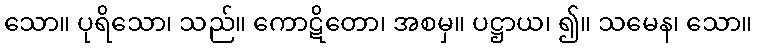
သော။ ပုရိသော၊ သည်။ ကောဋိတော၊ အစမှ။ ပဋ္ဌာယ၊ ၍။ သမေန၊ သော။